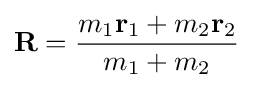
\mathbf {R} ={\frac {m_{1}\mathbf {r} _{1}+m_{2}\mathbf {r} _{2}}{m_{1}+m_{2}}}